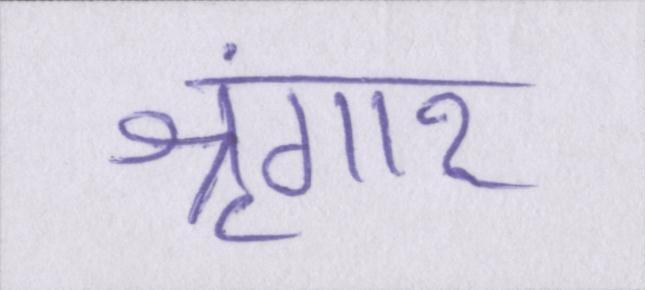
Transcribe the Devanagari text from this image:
श्रृंगार